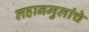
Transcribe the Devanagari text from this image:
लहानमुलांचे